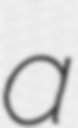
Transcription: a